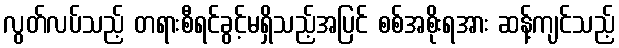
လွတ်လပ်သည့် တရားစီရင်ခွင့်မရှိသည့်အပြင် စစ်အစိုးရအား ဆန့်ကျင်သည့်